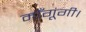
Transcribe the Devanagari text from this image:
माँगूंगी।